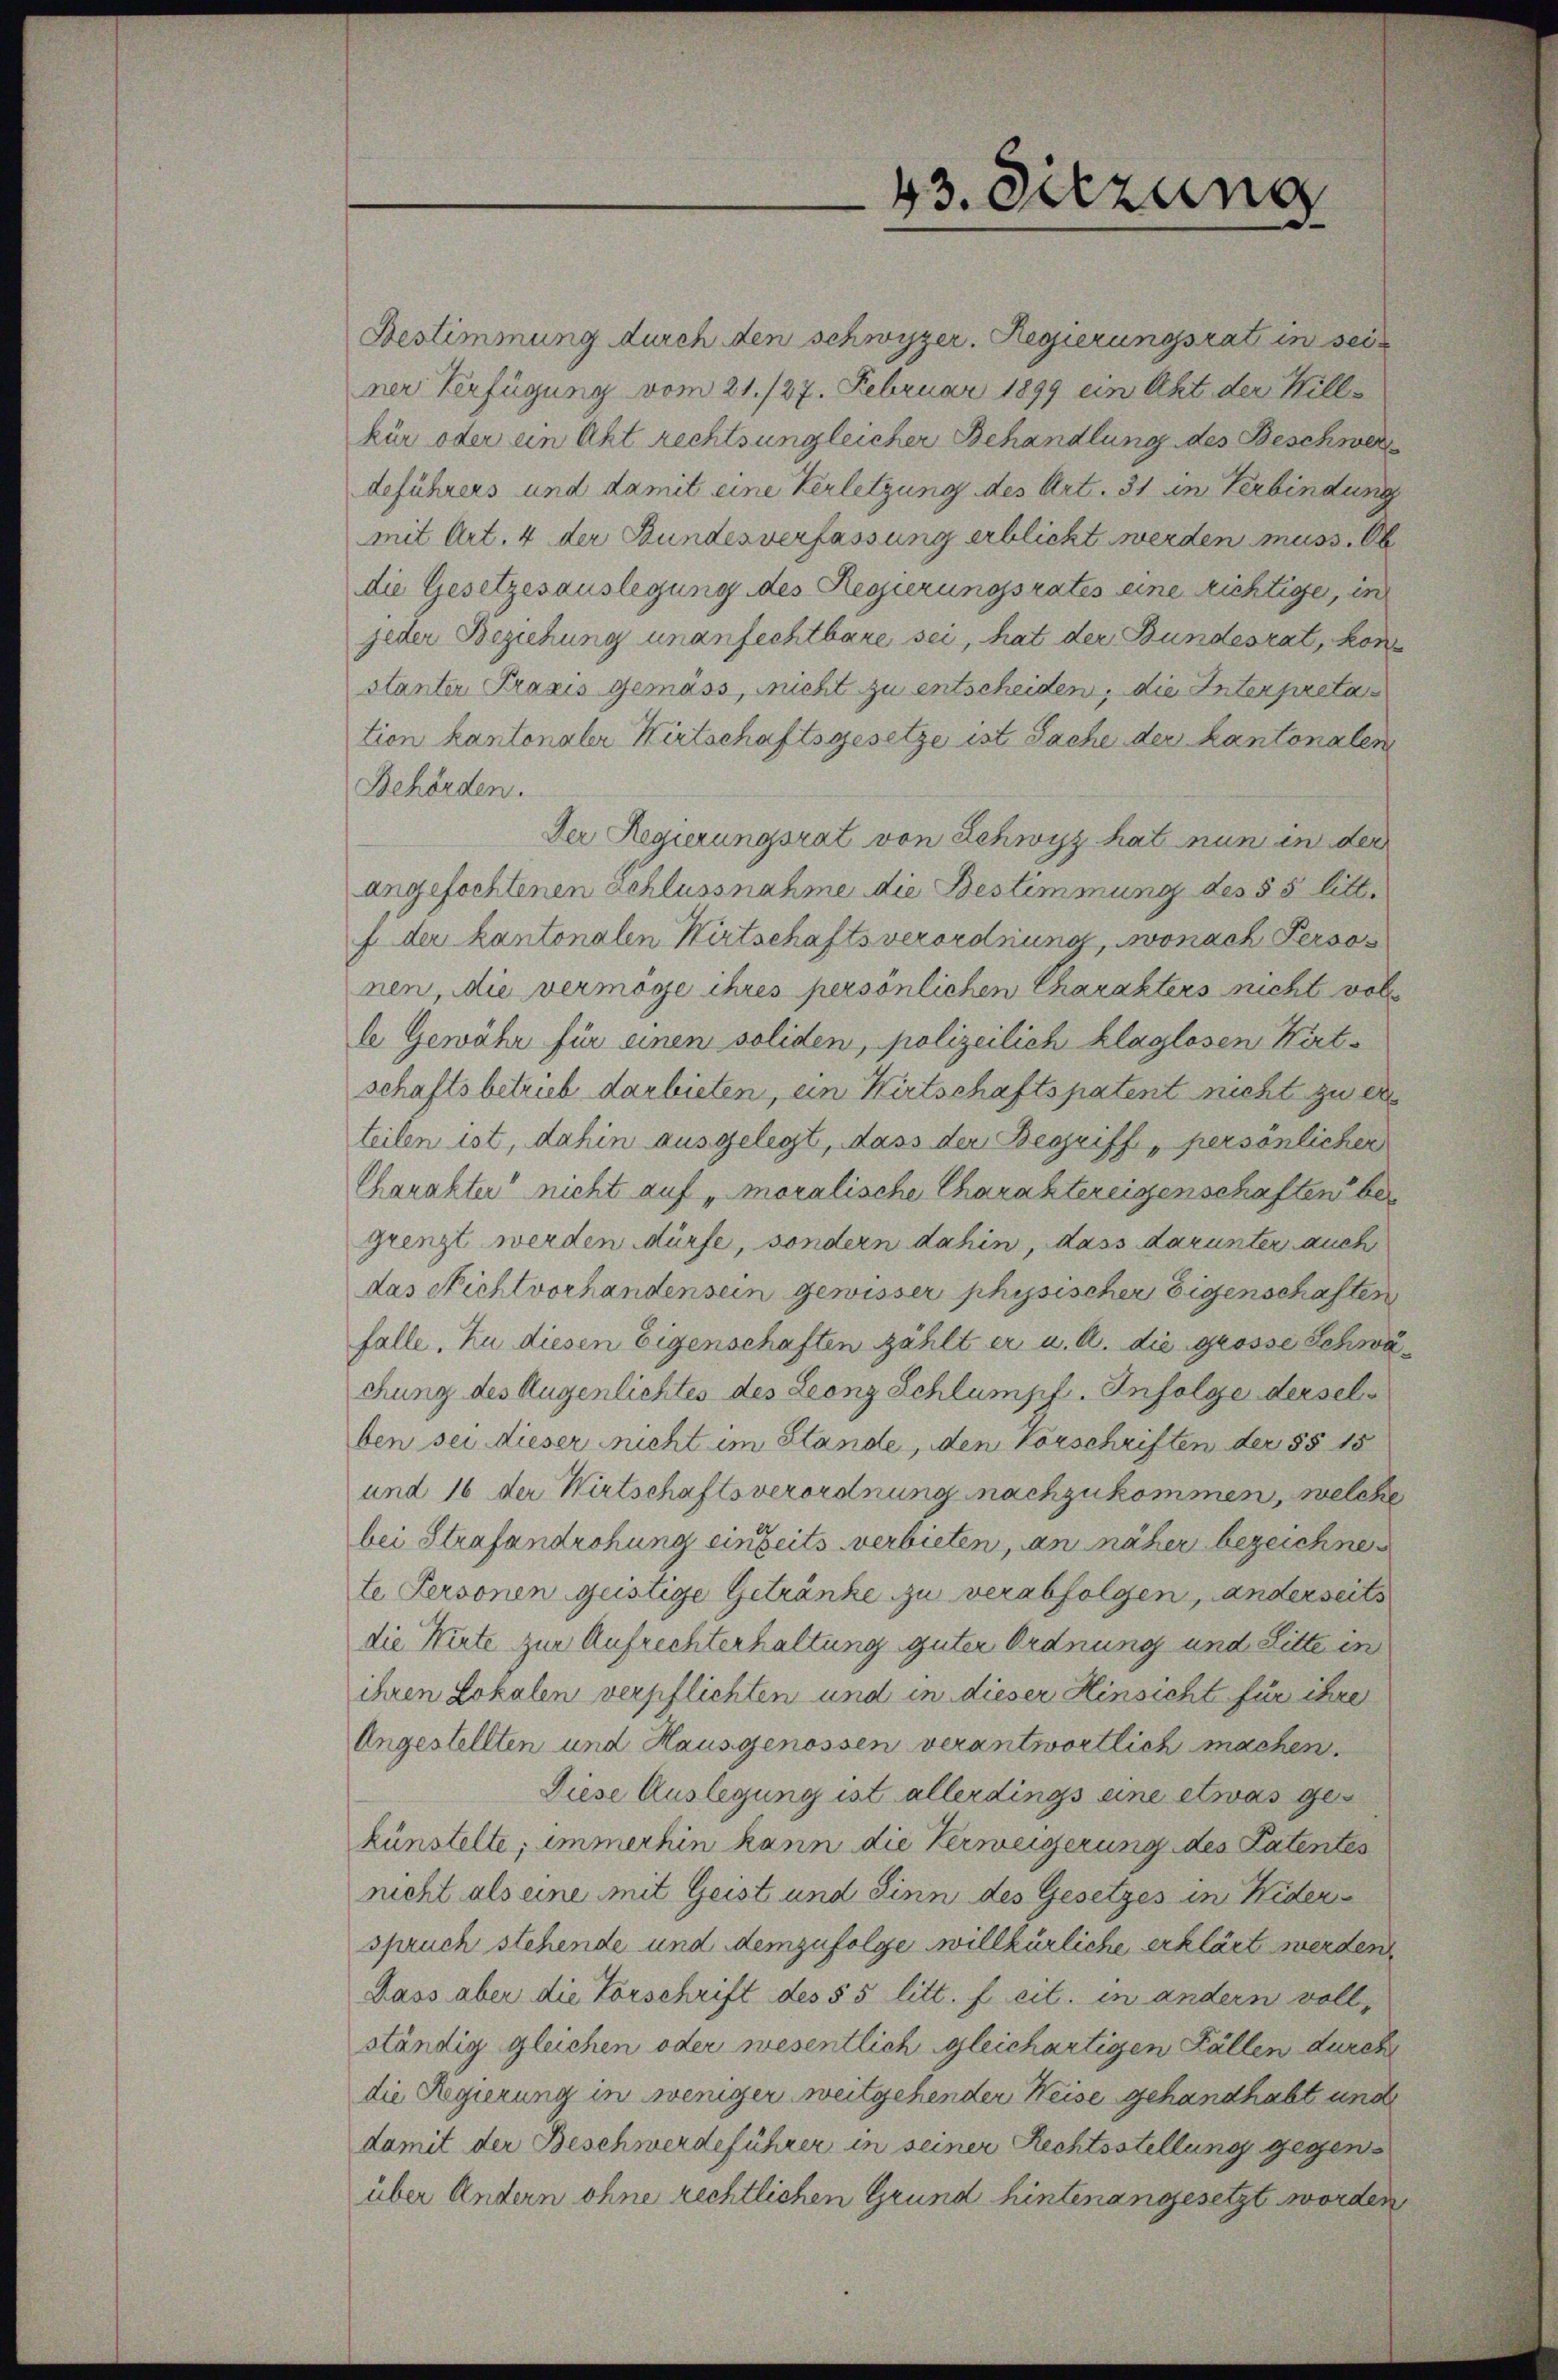
Bestimmung durch den schwyzer. Regierungsrat in seiner Verfügung vom 21. 127. Februar 1899 ein Akt der Will
kür oder ein Akt rechts ungleicher Behandlung des Beschwer
deführers und damit eine Verletzung des Art. 31 in Verbindung
mit Art. 4 der Bundesverfassung erblickt werden muss. Ab
die Gesetzesauslegung des Regierungsrates eine richtiger, in
jeder Beziehung unanfechtbare sei, hat der Bundesrat, konstanter Praxis gemäss, nicht zu entscheiden, die Interpretar
tion kantonaler Wirtschaftsgesetze ist Sache der kantonalen
Behörden.
Der Regierungsrat von Schwyz hat nun in der
angefochtenen Schlussnahme die Bestimmung des § 5 litt.
f der kantonalen Wirtschaftsverordnung, wonach Personen, die vermöge ihres persönlichen Charakters nicht voll
le Gewähr für einen soliden, polizeilich klaglosen Kirtschaftsbetrieb darbieten, ein Wirtschaftspatent nicht zu er
teilen ist, dahin ausgelegt, dass der Begriff persönlicher
Charakter“ nicht auf „moralische Charaktereigenschaften ber
grenzt werden dürfe, sondern dahin, dass darunter auch
das Nichtvorhandensein gewisser physischer Eigenschaften
falle. Zu diesen Eigenschaften zählt er u. A. die grosse Schwachung des Augenlichtes des Leonz Schlumpf. Infolge derselben sei dieser nicht im Stande, den Vorschriften der §§ 15
und 16 der Wirtschaftsverordnung nachzukommen, welche
bei Strafandrohung einheits verbieten, an näher bezeichne
te Personen geistige Getränke zu verabfolgen, anderseits
die Wirte zur Aufrechterhaltung guter Ordnung und Litte in
ihren Lokalen verpflichten und in dieser Hinsicht für ihre
Angestellten und Hausgenossen verantwortlich machen.
Diese Auslegung ist allerdings eine etwas gekünstelte; immerhin kann die Verweigerung des Patentes
nicht als eine mit Geist und Sinn des Gesetzes in Widerspruch stehende und demzufolge willkürliche erklärt werden,
Dass aber die Vorschrift des § 5 litt. f. cit. in andern voll,
ständig gleichen oder wesentlich gleichartigen Fällen durch
die Regierung in weniger weitgehender Weise gehandhabt und
damit der Beschwerdeführer in seiner Rechtsstellung gegen
über Andern ohne rechtlichen Grund hintenangesetzt worden,

43. Sitzung